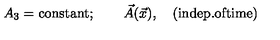
A _ { 3 } = \mathrm { c o n s t a n t } ; \qquad \vec { A } ( \vec { x } ) , \quad \mathrm { ( i n d e p . o f t i m e ) }